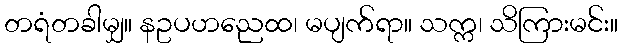
တရံတခါမျှ။ နဥပဟညေထ၊ မပျက်ရာ။ သက္က၊ သိကြားမင်း။